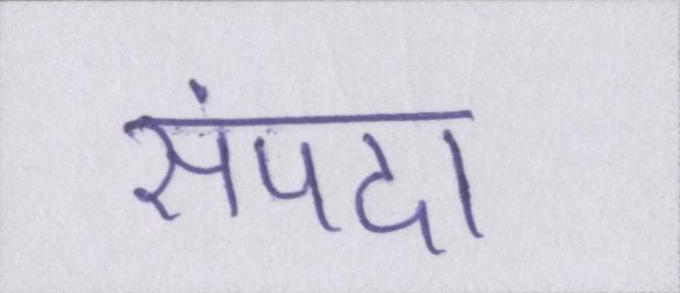
संपदा